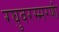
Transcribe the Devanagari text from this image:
रघुवरस्मरणी